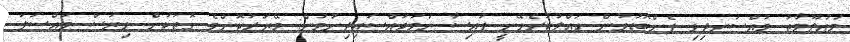
މައުލޫމާތު މުއްސަނދިވި ފެންބޮޑުވުން ހައްލުކުރެވޭނީ ފައިސާ ހަމަޖައްސައިދިނުމުން: މޭޔަރުކޮންމެ ގޮތަކުން ވިޔަސް މައްސަލަ